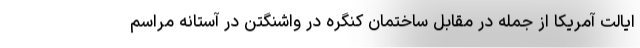
ایالت آمریکا از جمله در مقابل ساختمان کنگره در واشنگتن در آستانه مراسم